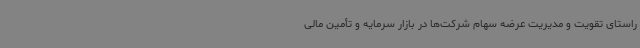
راستای تقویت و مدیریت عرضه سهام شرکت‌ها در بازار سرمایه و تأمین مالی